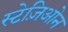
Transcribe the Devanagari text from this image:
स्टेज़िओन